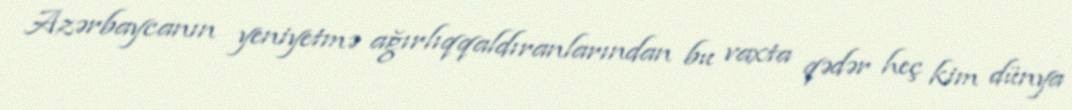
Azərbaycanın yeniyetmə ağırlıqqaldıranlarından bu vaxta qədər heç kim dünya